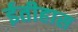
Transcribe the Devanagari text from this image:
ईतीहास